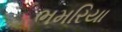
ભમરિયા